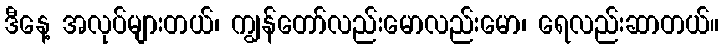
ဒီနေ့ အလုပ်များတယ်၊ ကျွန်တော်လည်းမောလည်းမော၊ ရေလည်းဆာတယ်။